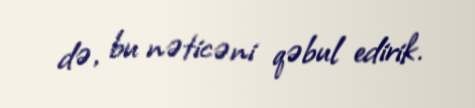
də, bu nəticəni qəbul edirik.